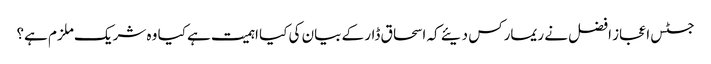
جسٹس اعجاز افضل نے ریمارکس دیئے کہ اسحاق ڈار کے بیان کی کیا اہمیت ہے کیا وہ شریک ملزم ہے؟